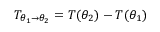
T _ { \theta _ { 1 } \to \theta _ { 2 } } = T ( \theta _ { 2 } ) - T ( \theta _ { 1 } )